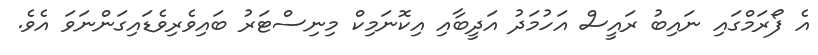
އެ ފޯރަމްގައި ނައިބު ރައީސް އަހުމަދު އަދީބާއި އިކޮނަމިކް މިނިސްޓަރު ބައިވެރިވެޑައިގަންނަވަ އެވެ.